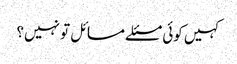
کہیں کوئی مسئلے مسائل تو نہیں؟